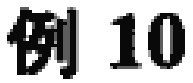
例 10